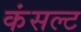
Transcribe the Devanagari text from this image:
कंसल्ट